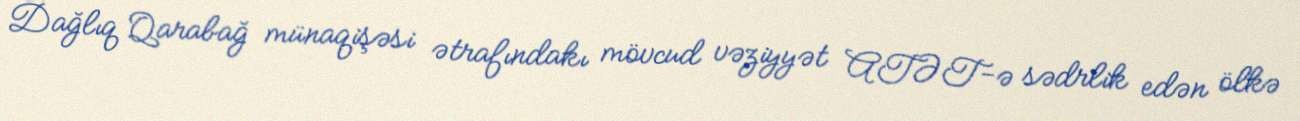
Dağlıq Qarabağ münaqişəsi ətrafındakı mövcud vəziyyət ATƏT-ə sədrlik edən ölkə